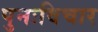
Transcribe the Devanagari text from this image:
पुनःविचार